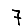
Digit: 7